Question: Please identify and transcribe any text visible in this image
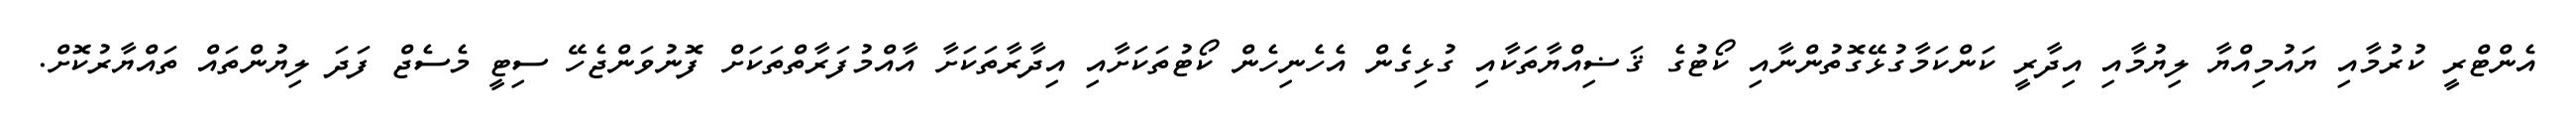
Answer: އެންޓްރީ ކުރުމާއި ޔައުމިއްޔާ ލިޔުމާއި އިދާރީ ކަންކަމާގުޅޭގޮތުންނާއި ކޯޓުގެ ޤަޟިއްޔާތަކާއި ގުޅިގެން އެހެނިހެން ކޯޓުތަކަށާއި އިދާރާތަކަށާ އާއްމުފަރާތްތަކަށް ފޮނުވަންޖެހޭ ސިޓީ މެސެޖް ފަދަ ލިޔުންތައް ތައްޔާރުކޮށް.